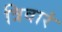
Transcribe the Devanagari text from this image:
त्रिवारं